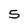
Character: 5